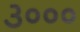
૩૦૦૦